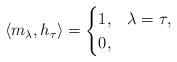
LaTeX: \begin{align*}\left\langle m_{\lambda},h_{\tau}\right\rangle =\begin{cases}1, & \lambda=\tau,\\0, & \end{cases}\end{align*}